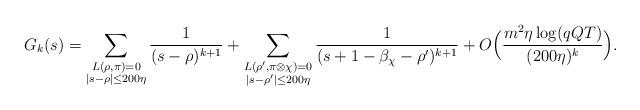
LaTeX: \begin{align*}G_k(s) = \sum_{\substack{L(\rho,\pi)=0 \\ |s-\rho|\leq 200\eta}}\frac{1}{(s-\rho)^{k+1}}+\sum_{\substack{L(\rho',\pi\otimes\chi)=0 \\ |s-\rho'|\leq 200\eta}}\frac{1}{(s+1-\beta_{\chi}-\rho')^{k+1}}+O\Big(\frac{m^2\eta\log(q QT)}{(200\eta)^k}\Big).\end{align*}